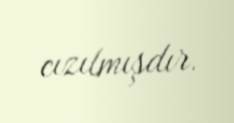
cızılmışdır.